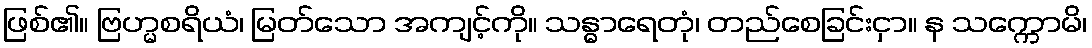
ဖြစ်၏။ ဗြဟ္မစရိယံ၊ မြတ်သော အကျင့်ကို။ သန္ဓာရေတုံ၊ တည်စေခြင်းငှာ။ န သက္ကောမိ၊